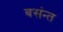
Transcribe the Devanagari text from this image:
बसंन्त